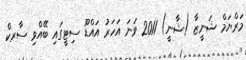
މަރްޔަމް ޝަނީޒާ (ޝާނީ) 2011 ވަނަ އަހަރު އައްޑޫ ސިޓީގައި ބޭއްވި ސާރކް